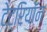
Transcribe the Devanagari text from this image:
टेट्रियॉन